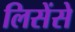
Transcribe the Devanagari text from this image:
लिसेंसे